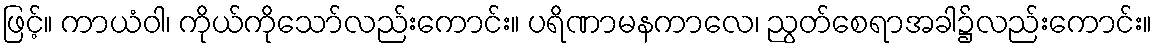
ဖြင့်။ ကာယံဝါ၊ ကိုယ်ကိုသော်လည်းကောင်း။ ပရိဏာမနကာလေ၊ ညွတ်စေရာအခါ၌လည်းကောင်း။